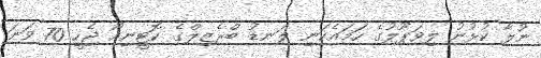
ނުލާ ކުޅުނު ލިވަޕޫލުގެ ހަމައެކަނި ލަނޑު ބްރެޒިލްގެ ކޮޓީނިއޯ ޖެހީ 70 ވަނަ